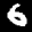
Label: 6